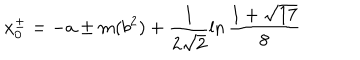
x _ { 0 } ^ { \pm } = - a \pm m ( b ^ { 2 } ) + \frac { 1 } { 2 \sqrt { 2 } } \ln \frac { 1 + \sqrt { 1 7 } } { 8 }